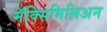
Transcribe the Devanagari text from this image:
मॅक्सिमिलिअन